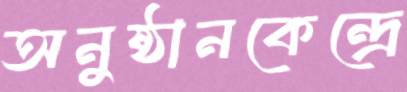
অনুষ্ঠানকেন্দ্রে